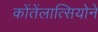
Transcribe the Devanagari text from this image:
कोंतेंलात्सियोने